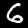
Label: 6